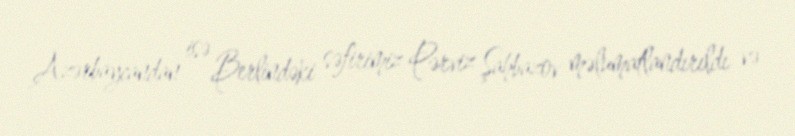
Azərbaycandan isə Berlindəki səfirimiz Pərviz Şahbazov məlumatlandırıldı və